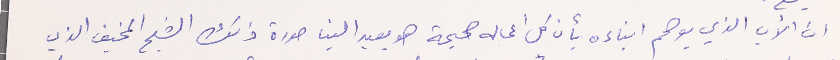
ان الأب الذي يوهم ابناءه بأن كل اعماله صحيحة هو يعيد الينا صورة ذلك الشبح المخيف الذي